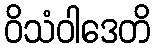
ဝိသံဝါဒေတိ